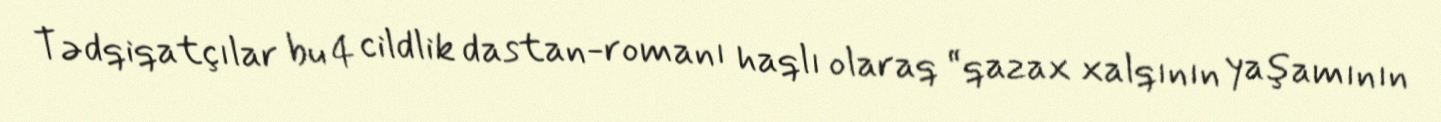
Tədqiqatçılar bu 4 cildlik dastan-romanı haqlı olaraq “qazax xalqının yaşamının